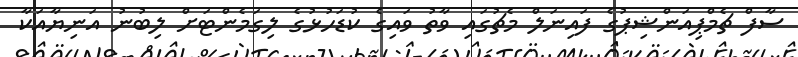
ސާފް ޗެމްޕިއަންޝިޕުގެ ފައިނަލް މެޗުގައި ވާތު ވައިގެ ކުޑަހުޅުގެ ލިގަމެންޓަށް ލިބުނު އަނިޔާއަކާ